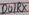
Text: D0/RX